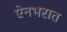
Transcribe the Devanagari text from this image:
ऐनभरात